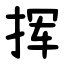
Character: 挥